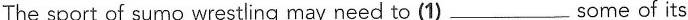
The sport of sumo wrestling may need to (1)___some of its